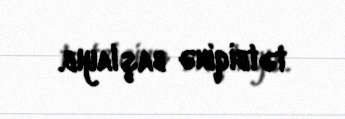
tətbiqinə başlayıb.